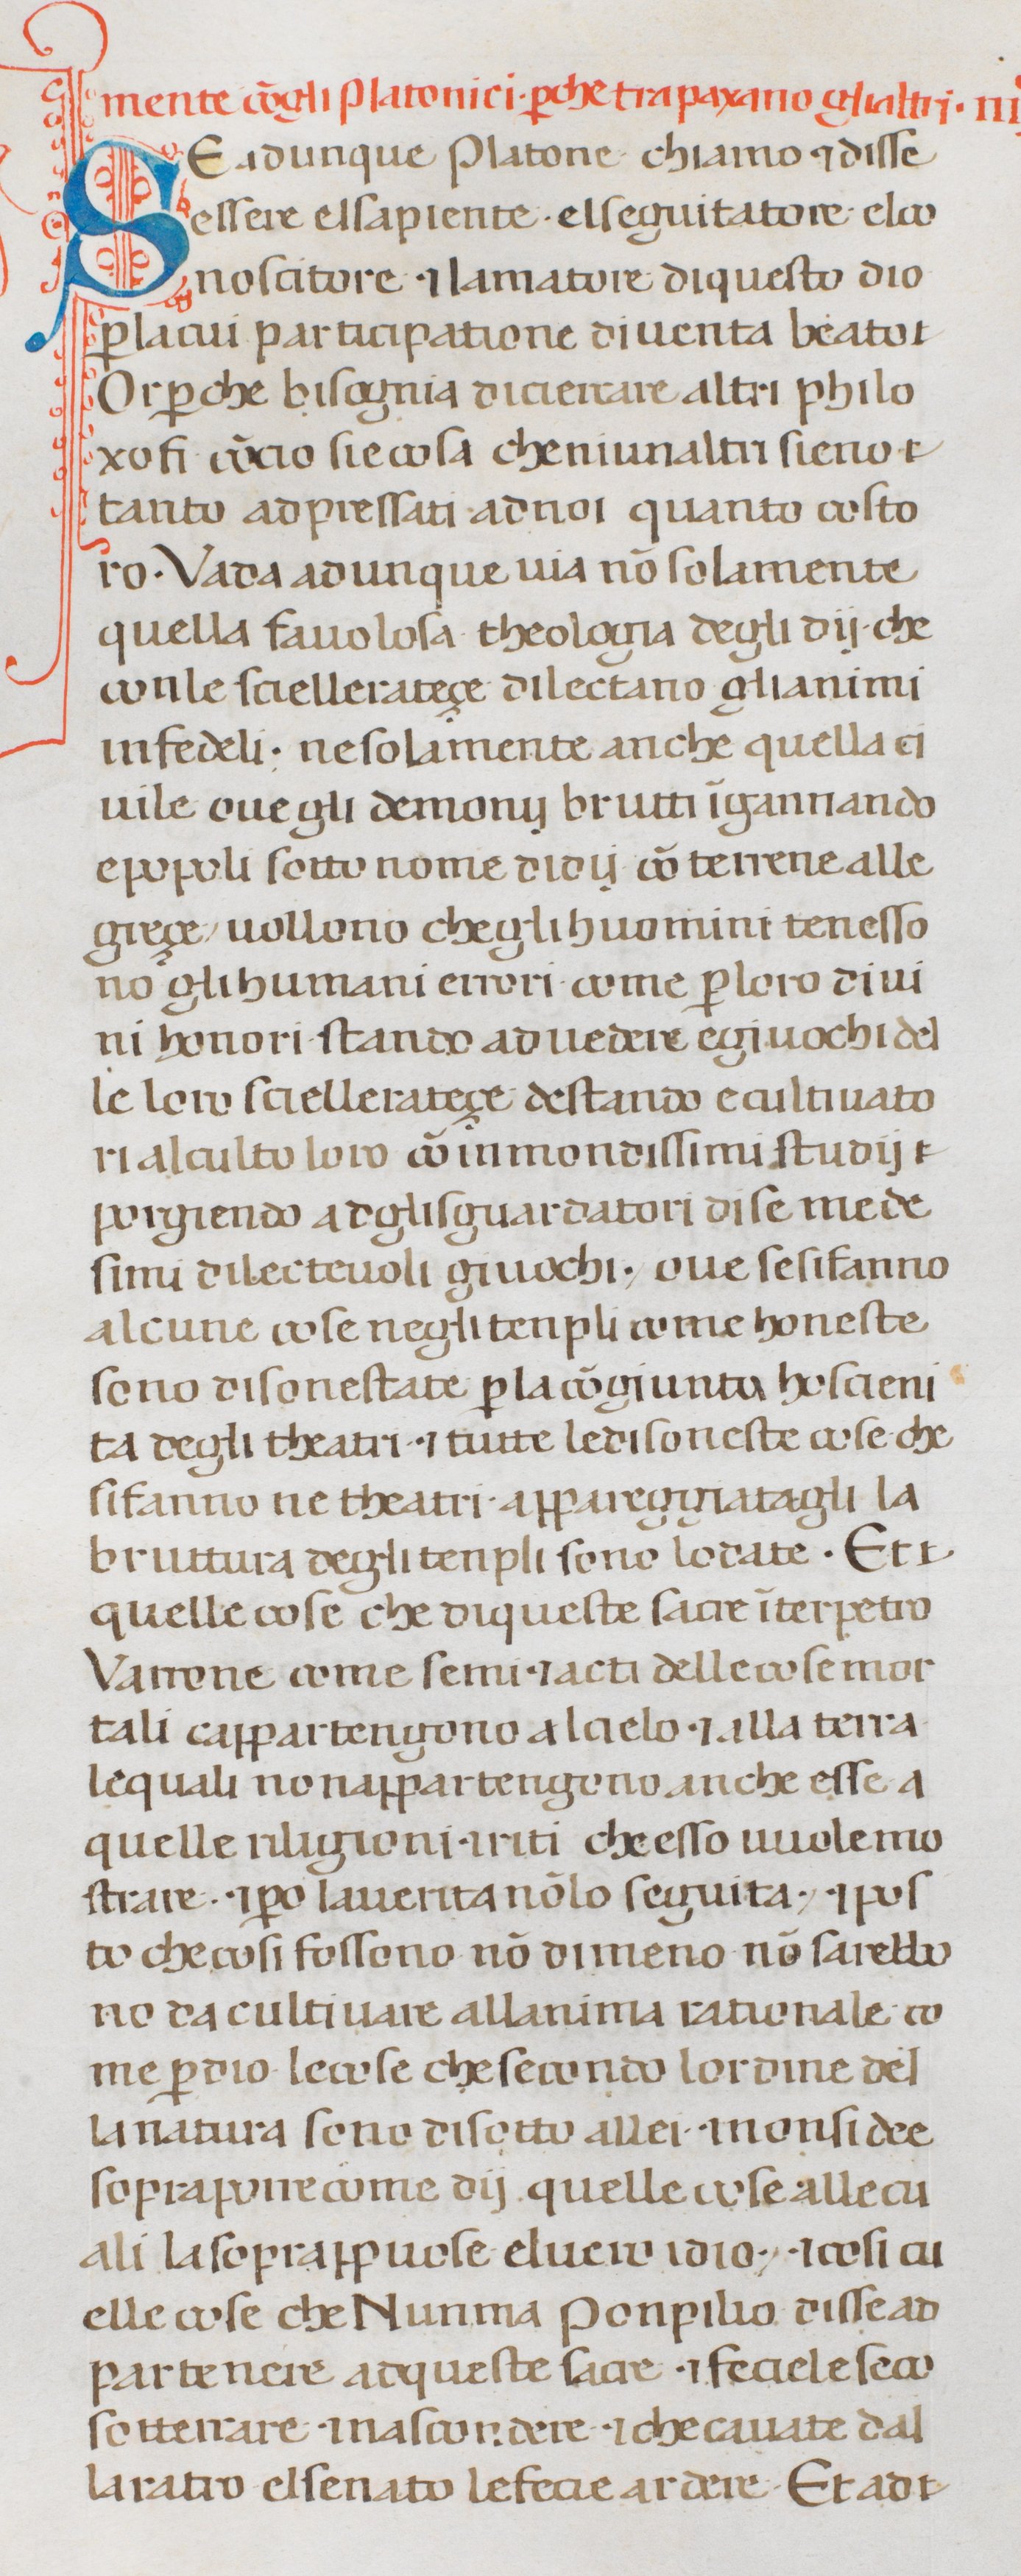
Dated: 1300–1399